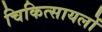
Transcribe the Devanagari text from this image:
चिकित्सायलों